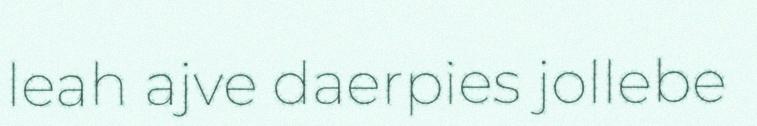
leah ajve daerpies jollebe